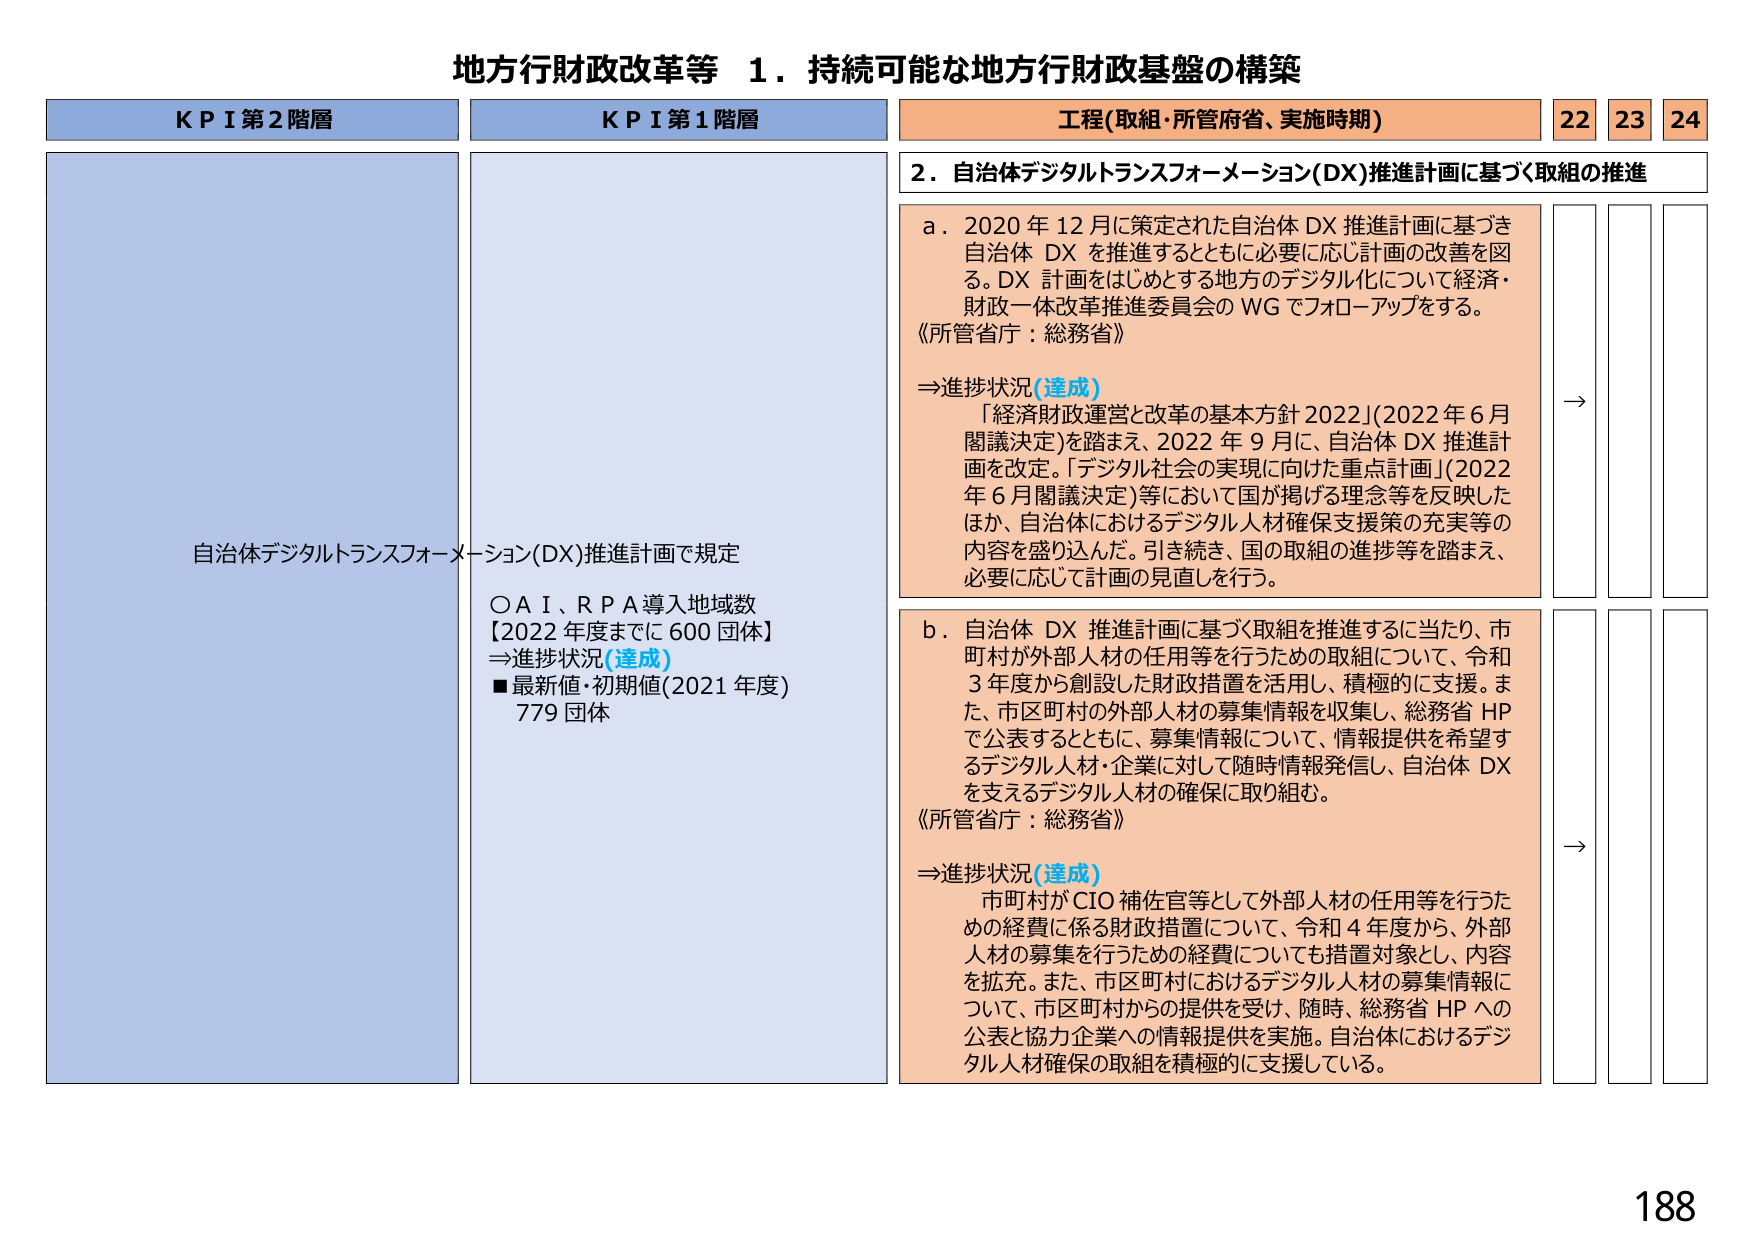
地方行財政改革等 1．持続可能な地方行財政基盤の構築

KPI第2階層
自治体デジタルトランスフォーメーション(DX)推進計画で規定

KPI第1階層
○AI、RPA導入地域数
【2022年度までに600団体】
⇒進捗状況(達成)
■最新値・初期値(2021年度)
779団体

工程(取組・所管府省、実施時期)
22 23 24

2．自治体デジタルトランスフォーメーション(DX)推進計画に基づく取組の推進

a．2020年12月に策定された自治体DX推進計画に基づき
自治体DXを推進するとともに必要に応じ計画の改善を図る。DX計画をはじめとする地方のデジタル化について経済・財政一体改革推進委員会のWGでフォローアップをする。
《所管省庁：総務省》

⇒進捗状況(達成)
「経済財政運営と改革の基本方針2022」(2022年6月閣議決定)を踏まえ、2022年9月に、自治体DX推進計画を改定。「デジタル社会の実現に向けた重点計画」(2022年6月閣議決定)等において国が掲げる理念等を反映したほか、自治体におけるデジタル人材確保支援策の充実等の内容を盛り込んだ。引き続き、国の取組の進捗等を踏まえ、必要に応じて計画の見直しを行う。

→

b．自治体DX推進計画に基づく取組を推進するに当たり、市町村が外部人材の任用等を行うための取組について、令和3年度から創設した財政措置を活用し、積極的に支援。また、市区町村の外部人材の募集情報を収集し、総務省HPで公表するとともに、募集情報について、情報提供を希望するデジタル人材・企業に対して随時情報発信し、自治体DXを支えるデジタル人材の確保に取り組む。
《所管省庁：総務省》

⇒進捗状況(達成)
市町村がCIO補佐官等として外部人材の任用等を行うための経費に係る財政措置について、令和4年度から、外部人材の募集を行うための経費についても措置対象とし、内容を拡充。また、市区町村におけるデジタル人材の募集情報について、市区町村からの提供を受け、随時、総務省HPへの公表と協力企業への情報提供を実施。自治体におけるデジタル人材確保の取組を積極的に支援している。

→

188